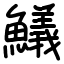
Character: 䲑